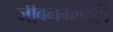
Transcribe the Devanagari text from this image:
जीवनमानही